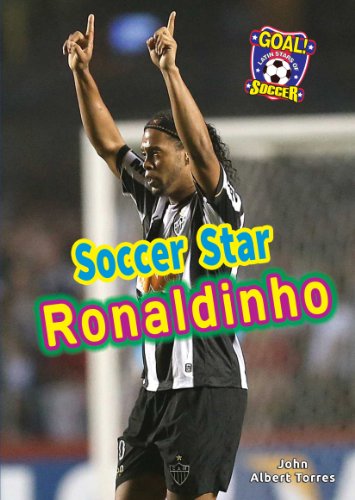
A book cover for Soccer Star Ronaldinho (Goal! Latin Stars of Soccer); John Albert Torres; Children's Books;